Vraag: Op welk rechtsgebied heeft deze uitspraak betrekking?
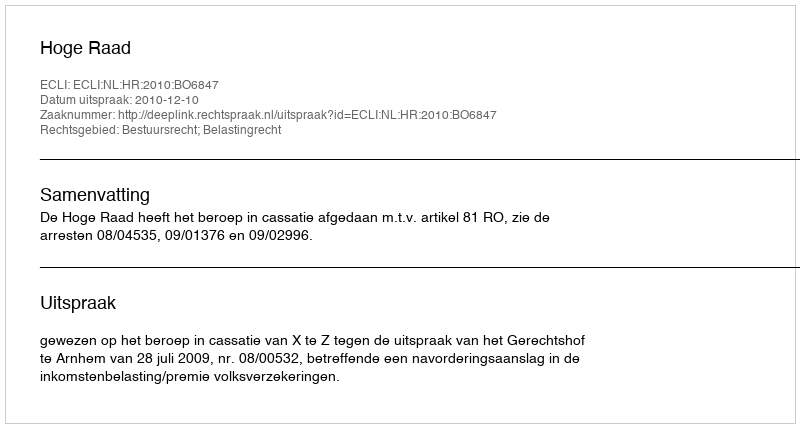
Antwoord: Bestuursrecht; Belastingrecht